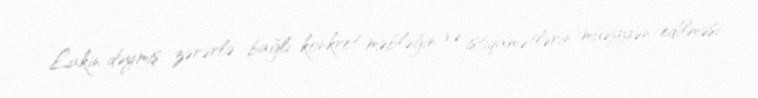
Lakin dəymiş zərərlə bağlı konkret məbləğin və istiqamətlərin müəyyən edilməsi